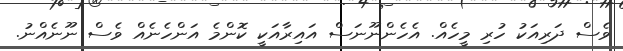
ވެސް ދަރިއަކު ހުރި މީހެއް. އެހެންނޫނަސް އައިރާއަކީ ކޮންމެ އަންހެނެއް ވެސް ނޫނެއްނު.